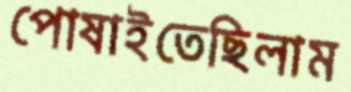
পোষাইতেছিলাম